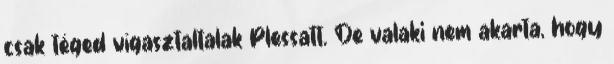
csak téged vígasztaltalak Plessatt. De valaki nem akarta, hogy